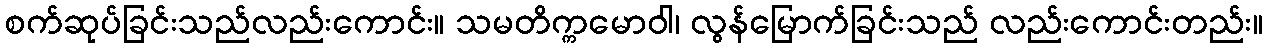
စက်ဆုပ်ခြင်းသည်လည်းကောင်း။ သမတိက္ကမောဝါ၊ လွန်မြောက်ခြင်းသည် လည်းကောင်းတည်း။